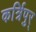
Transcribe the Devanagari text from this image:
कर्त्रिपुर्